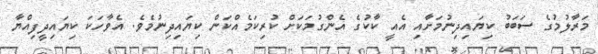
މަރާލުމުގެ ސަބަބު ކިޔައިދިނުމަށާއި އެއީ ކާކުގެ އެންގުމަކަށް ކުރިކަމެއްކަން ކިޔައިދިނުމެވެ. އެވާހަކަ ކިޔައިދީފިއްޔާ